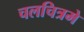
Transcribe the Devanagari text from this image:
चलचित्रमे